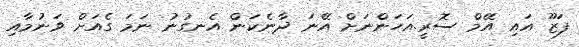
ފަޒޫ އައި އޭމް ސޮރީ.އަހަންނަށް އޭނަ ދާނެކަން އެނގުނު ނަމަ ގެއަށް ވަނުމާއި